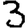
Digit: 3